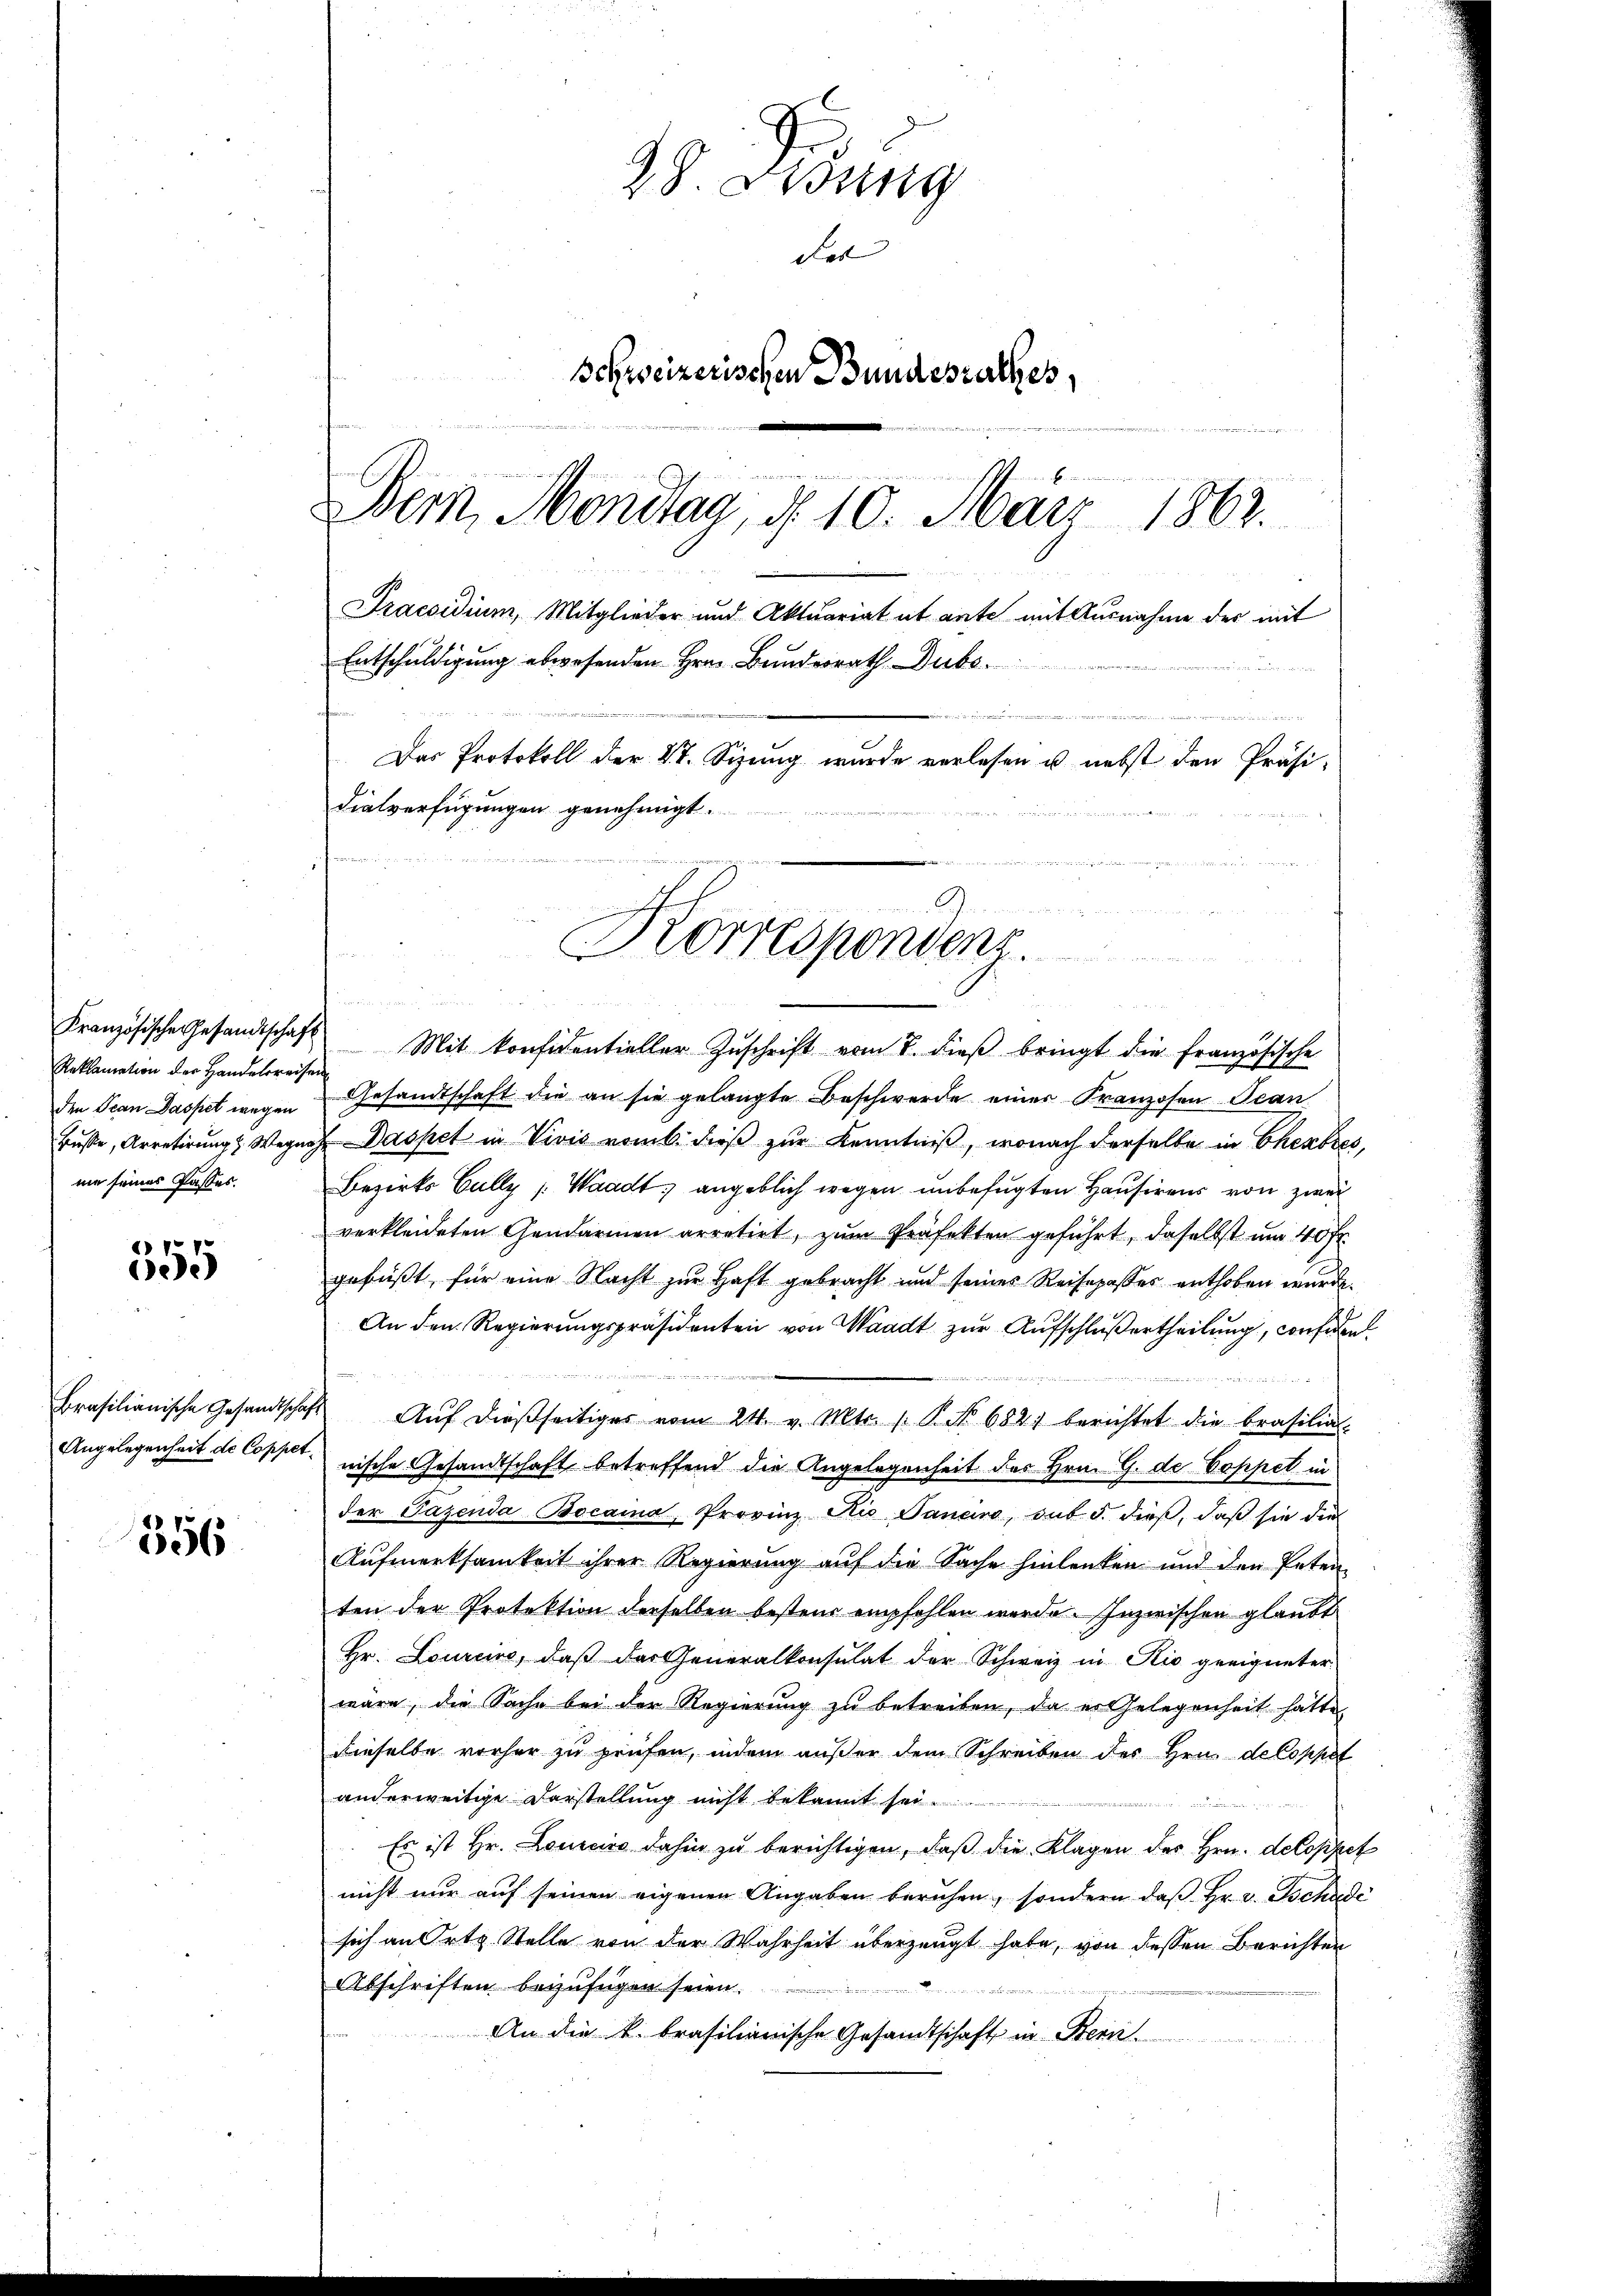
Reklamation der Handelsreisen
nie seiner Passes.

355

Angelegenheit de Coppet¬

356

99. Ordung
das
Schweizerischen Bundesrathes,
e
Bern, Montag, d. 10. März 1862.
Praesidium, Mitglieder und Aktuariat et ante mit Ausnahme der mit
Entschuldigung abwesenden Hrn. Bundesrath Dubo.
Das Protokoll der St. Sizung wurde verlesen u. nebst den Präsi-
dialverfügungen genehmigt.
n
Korrespondenz.

Französische Gesandtschaft Mit konsidentieller Zŭschrift vom 7. dieβ bringt die französische
den Jean Dasset wegen Gesandtschaft die an sie gelangte Beschwerde einer Franzosen Jean
Buße, Arretirung & Wegnahe Dasset in Vivis vom 6. dieß zur Kenntniß, wonach derselbe in Eheabres,
Bezirks Cully (Waadt, angeblich wegen unbefugten Hausirens von zwei
verkleideten Gendarmen arretirt, zŭm Präfekten geführt, daselbst um 40 fr.
gesüßt, für eine Nacht zur Haft gebracht und seines Reiseposses enthoben wurde.
An den Regierungspräsidenten von Waadt zur Aufschluß ertheilung, confiden

Brasilianische Gesandtschaft Aŭf dießseitiges vom 24. v. Mts. 1. P. No 682. berichtet die Brasilial-
nische Gesandtschaft betreffend die Angelegenheit des Hrn. G. de Coppet in
der Gazenda Bocaina, Provinz Rio Janeiro, sub 5. dieß, daß sie die
Aufmerksamkeit ihrer Regierung auf die Sache hinlenken und den Petenten der Protektion derselben besteur empfehlen werde. Inzwischen glaubt
Hr. Lourcire, daß das Generalkonsulat der Schweiz in Rio geeigneter
wäre, die Sache bei der Regierung zu betreiben, da er Gelegenheit hatte,
dieselbe vorher zu prüfen, indem außer dem Schreiben des Hrn. de Coppet
anderweitige Darstellung nicht bekannt sei.

Es ist Hr. Lourcice dahin zu berichtigen, daß die Klagen der Hrn. detoppet
nicht nur auf seinen eigenen Angaben beruhen, sondern daß Hr. v. Tschudi
sich an Orts Stelle von der Wahrheit überzeugt habe, von dessen Berichten
Abschriften beizufügen seien.
An die k. brasilianische Gesandtschaft in Bern.